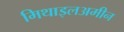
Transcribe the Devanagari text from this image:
मिथाइलअमीन